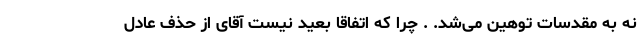
نه به مقدسات توهین می‌شد. . چرا که اتفاقا بعید نیست آقای از حذف عادل